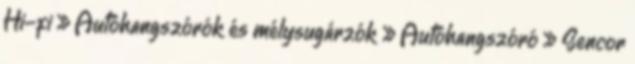
Hi-fi » Autóhangszórók és mélysugárzók » Autóhangszóró » Sencor